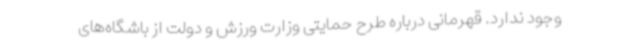
وجود ندارد. قهرمانی درباره طرح‌ حمایتی وزارت ورزش و دولت از باشگاه‌های